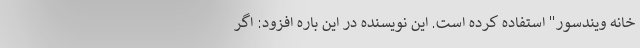
خانه ویندسور" استفاده کرده است. این نویسنده در این باره افزود: اگر